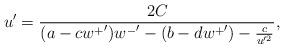
LaTeX: \begin{align*}u' = \frac{2C}{(a - c{w^+}'){w^-}' - ( b - d{w^+}') - \frac{c}{u'^2}},\end{align*}